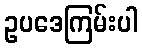
ဥပဒေကြမ်းပါ